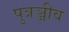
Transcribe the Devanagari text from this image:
पुत्रञ्जीव